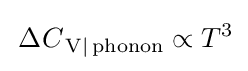
\,\Delta C_{\,{\rm {V|\,phonon}}}\propto T^{3}